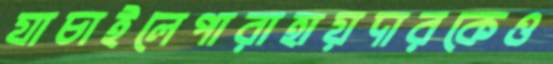
যাচাইলেপারাহায়দারকেও